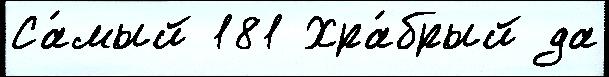
Са́мый 181 Хра́брый да